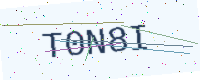
Text: T0N8I